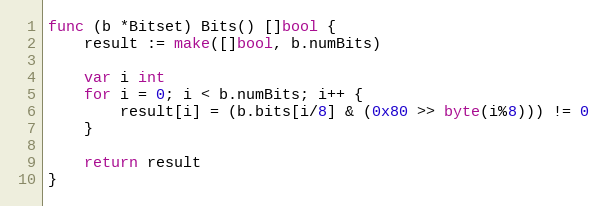
Language: Go
func (b *Bitset) Bits() []bool {
	result := make([]bool, b.numBits)

	var i int
	for i = 0; i < b.numBits; i++ {
		result[i] = (b.bits[i/8] & (0x80 >> byte(i%8))) != 0
	}

	return result
}